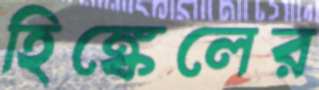
হিঙ্কেলের